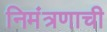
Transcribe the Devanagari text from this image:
निमंत्रणाची